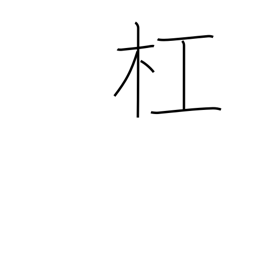
Meaning: carry on the shoulder